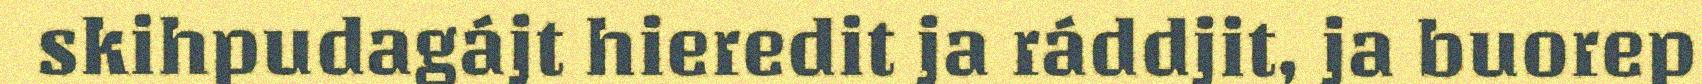
skihpudagájt hieredit ja ráddjit, ja buorep